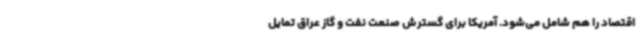
اقتصاد را هم شامل می‌شود. آمریکا برای گسترش صنعت نفت و گاز عراق تمایل